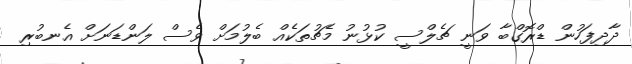
ދާދިފަހުން ޑްރޮގްބާ ވަނީ ޗެލްސީ ކުޅުނު މެޗުތަކެއް ބެލުމަށް ވެސް ލަންޑަނަށް އެނބުރި